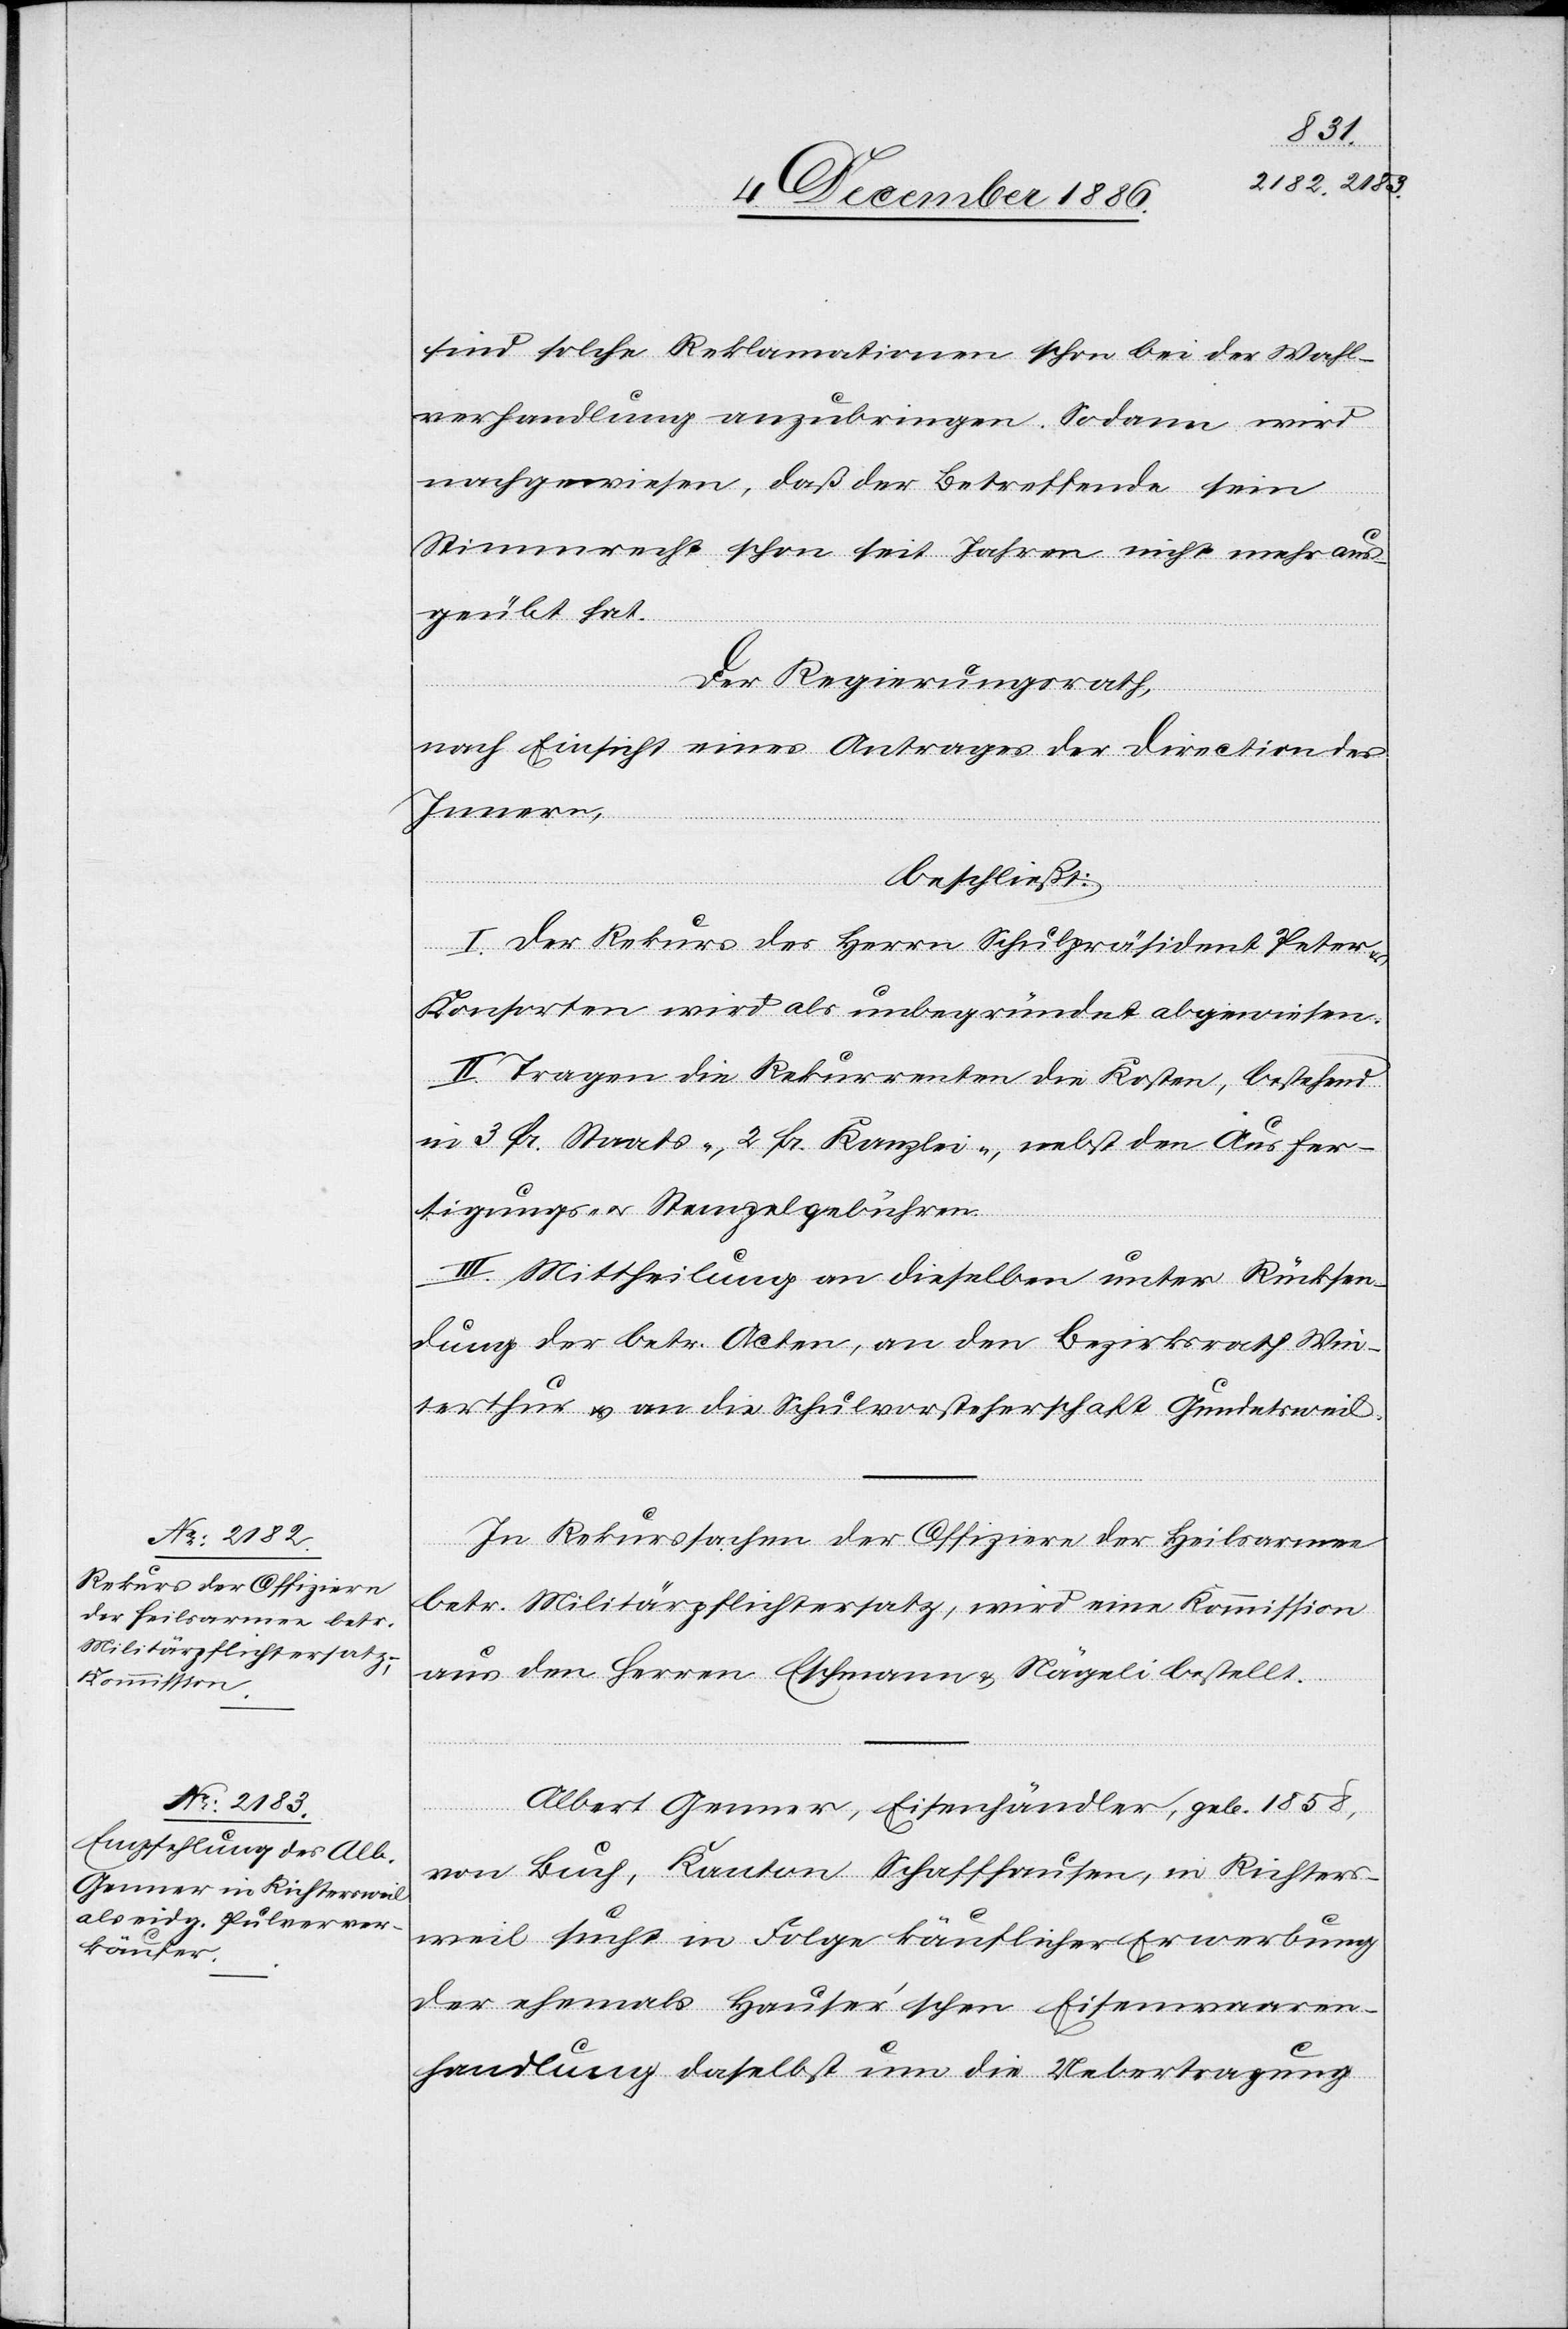
sind solche Reklamationen schon bei der Wahl¬
verhandlung anzubringen. Sodann wird
nachgewiesen, daß der Betreffende sein
Stimmrecht schon seit Jahren nicht mehr aus¬
geübt hat.
Der Regierungsrath,
nach Einsicht eines Antrages der Direction des
Innern,
beschließt:
I. Der Rekurs des Herrn Schulpräsident Peter
Konsorten wird als unbegründet abgewiesen.
II. Tragen die Rekurrenten die Kosten, bestehend
in 3 Fr. Staats-, 2 Fr. Kanzlei-, nebst den Ausfer¬
tigungs- & Stempelgebühren.
III. Mittheilung an dieselben unter Rücksen¬
dung der betr. Acten, an den Bezirksrath Win¬
terthur & an die Schulvorsteherschaft Gundetsweil.
In Rekurssachen der Offiziere der Heilsarmee
betr. Militärpflichtersatz, wird eine Kommission
aus den Herren Eschmann & Nägeli bestellt.
Albert Genner, Eisenhändler, geb. 1858,
von Buch, Kanton Schaffhausen, in Richters¬
weil sucht in Folge käuflicher Erwerbung
der ehemals Hauser’schen Eisenwaaren¬
handlung daselbst um die Uebertragung